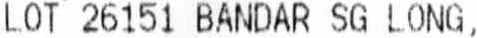
LOT 26151 BANDAR SG LONG,